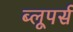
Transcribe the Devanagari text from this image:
ब्लूपर्स